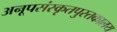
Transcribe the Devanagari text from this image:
अनूपसंस्कृतपुस्तकालय